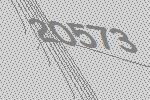
20573